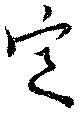
定